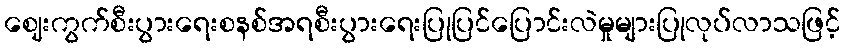
ဈေးကွက်စီးပွားရေးစနစ်အရစီးပွားရေးပြုပြင်ပြောင်းလဲမှုများပြုလုပ်လာသဖြင့်